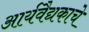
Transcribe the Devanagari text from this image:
आर्यवैद्यकाचे